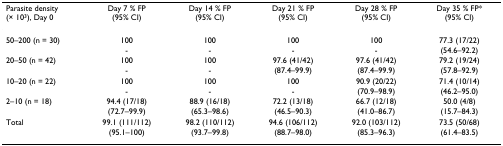
<table><thead><tr><td><b>Parasite density(× 10<sup>3</sup>), Day 0</b></td><td><b>Day 7 % FP(95% CI)</b></td><td><b>Day 14 % FP(95% CI)</b></td><td><b>Day 21 % FP(95% CI)</b></td><td><b>Day 28 % FP(95% CI)</b></td><td><b>Day 35 % FP*(95% CI)</b></td></tr></thead><tbody><tr><td>50–200 (n = 30)</td><td>100</td><td>100</td><td>100</td><td>100</td><td>77.3 (17/22)</td></tr><tr><td></td><td>-</td><td>-</td><td>-</td><td>-</td><td>(54.6–92.2)</td></tr><tr><td>20–50 (n = 42)</td><td>100</td><td>100</td><td>97.6 (41/42)</td><td>97.6 (41/42)</td><td>79.2 (19/24)</td></tr><tr><td></td><td>-</td><td>-</td><td>(87.4–99.9)</td><td>(87.4–99.9)</td><td>(57.8–92.9)</td></tr><tr><td>10–20 (n = 22)</td><td>100</td><td>100</td><td>100</td><td>90.9 (20/22)</td><td>71.4 (10/14)</td></tr><tr><td></td><td>-</td><td>-</td><td>-</td><td>(70.9–98.9)</td><td>(46.2–95.0)</td></tr><tr><td>2–10 (n = 18)</td><td>94.4 (17/18)</td><td>88.9 (16/18)</td><td>72.2 (13/18)</td><td>66.7 (12/18)</td><td>50.0 (4/8)</td></tr><tr><td></td><td>(72.7–99.9)</td><td>(65.3–98.6)</td><td>(46.5–90.3)</td><td>(41.0–86.7)</td><td>(15.7–84.3)</td></tr><tr><td>Total</td><td>99.1 (111/112)</td><td>98.2 (110/112)</td><td>94.6 (106/112)</td><td>92.0 (103/112)</td><td>73.5 (50/68)</td></tr><tr><td></td><td>(95.1–100)</td><td>(93.7–99.8)</td><td>(88.7–98.0)</td><td>(85.3–96.3)</td><td>(61.4–83.5)</td></tr></tbody></table>